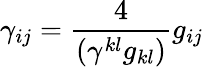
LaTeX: \gamma_{ij}=\frac{4}{(\gamma^{kl}g_{kl})}g_{ij}